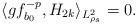
LaTeX: \begin{align*} \langle g f_{b_0}^{- p}, H_{2k} \rangle_{L^2_{\rho_s}} =0.\end{align*}